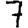
Digit: 7